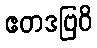
ဧတဒဗြဝိ